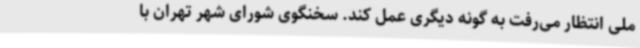
ملی انتظار می‌رفت به گونه دیگری عمل کند. سخنگوی شورای شهر تهران با